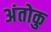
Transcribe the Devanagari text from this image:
अंतोकु